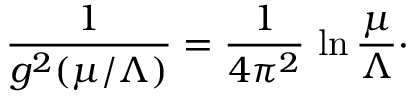
{ \frac { 1 } { g ^ { 2 } ( \mu / \Lambda ) } } = { \frac { 1 } { 4 \pi ^ { 2 } } } \, \ln { \frac { \mu } { \Lambda } } \cdotp